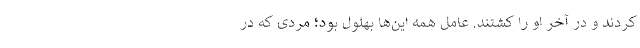
کردند و در آخر او را کشتند. عامل همه این‌ها بهلول بود؛ مردی که در